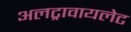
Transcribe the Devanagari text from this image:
अलट्रावायलेट